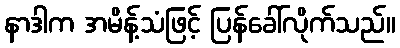
နာဒါက အမိန့်သံဖြင့် ပြန်ခေါ်လိုက်သည်။